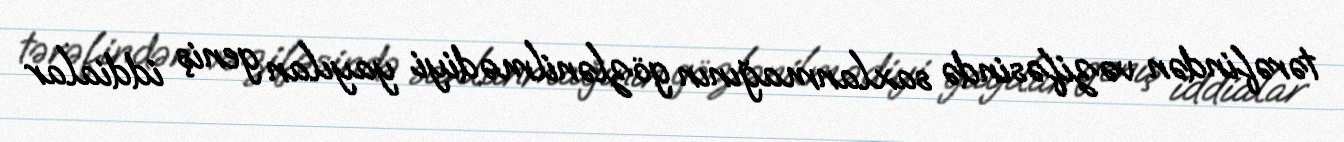
tərəfindən vəzifəsində saxlanmağının gözlənilmədiyi yayılan geniş iddialar